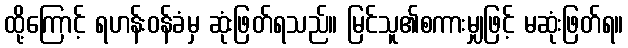
ထို့ကြောင့် ရဟန်းဝန်ခံမှ ဆုံးဖြတ်ရသည်။ မြင်သူ၏စကားမျှဖြင့် မဆုံးဖြတ်ရ။